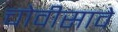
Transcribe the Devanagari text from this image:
चोवीसावे